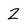
Character: Z